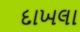
દાખલા